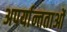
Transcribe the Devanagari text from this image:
अपर्यान्तताओं